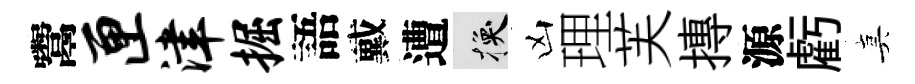
鬻匣津掘語戴遭换凶理芙摶源虧真